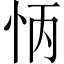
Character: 怲